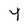
Character: 4